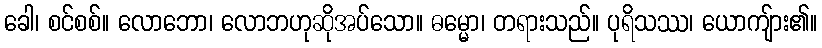
ခေါ၊ စင်စစ်။ လောဘော၊ လောဘဟုဆိုအပ်သော။ ဓမ္မော၊ တရားသည်။ ပုရိသဿ၊ ယောကျ်ား၏။